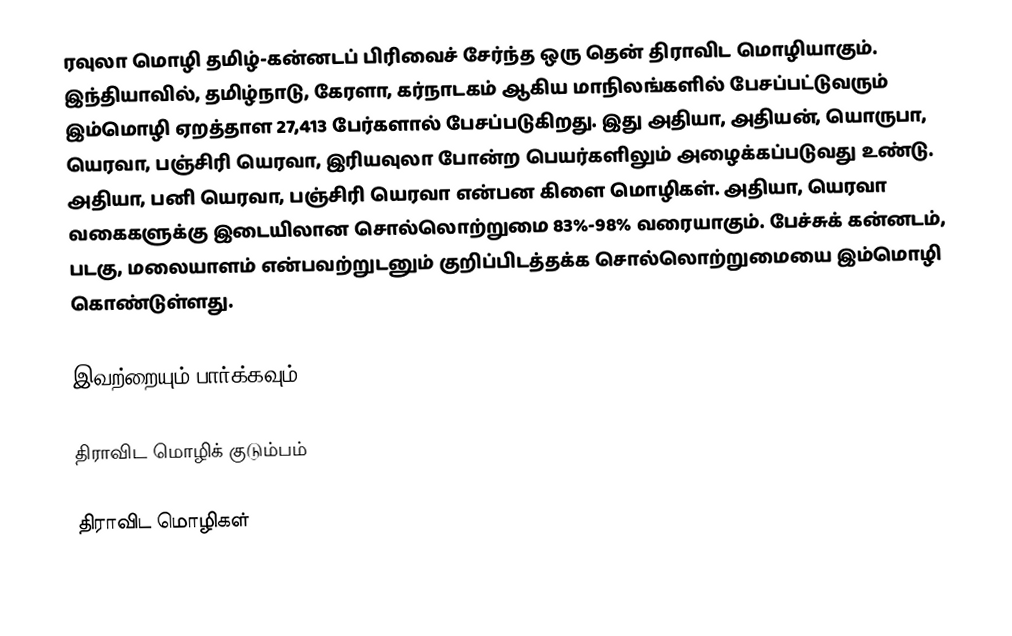
ரவுலா மொழி தமிழ்-கன்னடப் பிரிவைச் சேர்ந்த ஒரு தென் திராவிட மொழியாகும். இந்தியாவில், தமிழ்நாடு, கேரளா, கர்நாடகம் ஆகிய மாநிலங்களில் பேசப்பட்டுவரும் இம்மொழி ஏறத்தாள 27,413 பேர்களால் பேசப்படுகிறது. இது அதியா, அதியன், யொருபா, யெரவா, பஞ்சிரி யெரவா, இரியவுலா போன்ற பெயர்களிலும் அழைக்கப்படுவது உண்டு. அதியா, பனி யெரவா, பஞ்சிரி யெரவா என்பன கிளை மொழிகள். அதியா, யெரவா வகைகளுக்கு இடையிலான சொல்லொற்றுமை 83%-98% வரையாகும். பேச்சுக் கன்னடம், படகு, மலையாளம் என்பவற்றுடனும் குறிப்பிடத்தக்க சொல்லொற்றுமையை இம்மொழி கொண்டுள்ளது.

இவற்றையும் பார்க்கவும்

 திராவிட மொழிக் குடும்பம்

திராவிட மொழிகள்